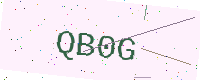
Text: QB0G